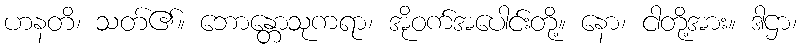
ဟနတိ၊ သတ်၏။ ဘောန္တောသုကရာ၊ အိုဝက်အပေါင်းတို့။ နော၊ ငါတို့အား။ ဒါဌာ၊